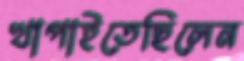
খাপাইতেছিলেন